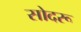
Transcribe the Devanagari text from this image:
सोदरू